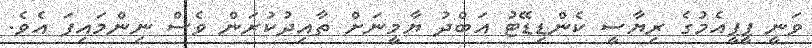
ވަނީ ޕީޕީއެމުގެ ރިޔާސީ ކެންޑިޑޭޓު އަބްދު ޔާމީނަށް ތާއިދުކުރަން ވެސް ނިންމައިފަ އެވެ.